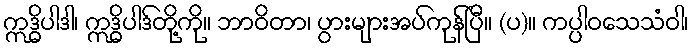
ဣဒ္ဓိပါဒါ၊ ဣဒ္ဓိပါဒ်တို့ကို။ ဘာဝိတာ၊ ပွားများအပ်ကုန်ပြီ။ (ပ)။ ကပ္ပါဝသေသံဝါ၊